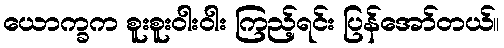
ယောက္ခက စူးစူးဝါးဝါး ကြည့်ရင်း ပြန်အော်တယ်။